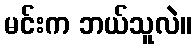
မင်းက ဘယ်သူလဲ။